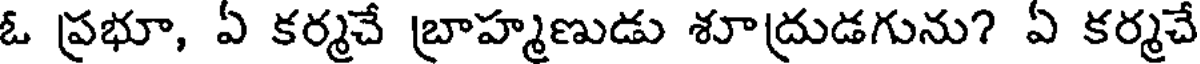
ఓ ప్రభూ, ఏ కర్మచే బ్రాహ్మణుడు శూద్రుడగును? ఏ కర్మచే